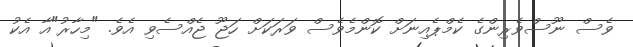
ވެސް ނޫސްވެރިންގެ ކެމްޕެއިނަށް ކޮންމެވެސް ވަރަކަށް ހަޖޫ ޖެއްސެވި އެވެ. "މިހާރު"އާ އެކު